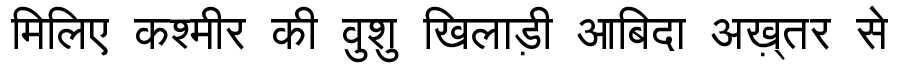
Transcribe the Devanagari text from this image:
मिलिए कश्मीर की वुशु खिलाड़ी आबिदा अख़्तर से